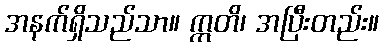
အနက်ရှိသည်သာ။ ဣတိ၊ အပြီးတည်း။